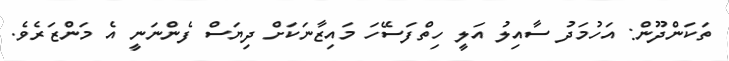
ތަކަންދޫން: އަހުމަދު ސާއިލު އަލީ ހިތްފަސޭހަ މައިޒާނަކަށް ދިޔަސް ފެންނަނީ އެ މަންޒަރެވެ.